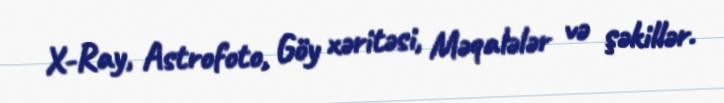
X-Ray, Astrofoto, Göy xəritəsi, Məqalələr və şəkillər.